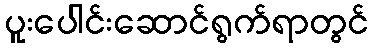
ပူးပေါင်းဆောင်ရွက်ရာတွင်